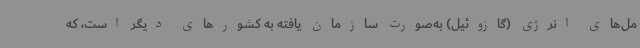
مل‌های انرژی (گازوئیل) به‌صورت سازمان یافته به کشورهای دیگر است، که